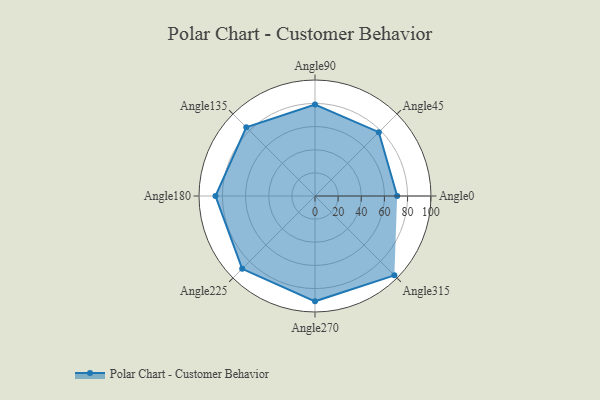
{"axis": {"x": "Angle", "y": "Radius"}, "legend": [""], "data": [{"x": "Angle0", "y": 71.0, "type": ""}, {"x": "Angle45", "y": 78.0, "type": ""}, {"x": "Angle90", "y": 79.0, "type": ""}, {"x": "Angle135", "y": 84.0, "type": ""}, {"x": "Angle180", "y": 86.0, "type": ""}, {"x": "Angle225", "y": 89.0, "type": ""}, {"x": "Angle270", "y": 91.0, "type": ""}, {"x": "Angle315", "y": 97.0, "type": ""}]}